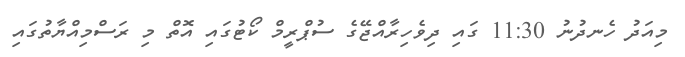
މިއަދު ހެނދުނު 11:30 ގައި ދިވެހިރާއްޖޭގެ ސުޕްރީމް ކޯޓުގައި އޮތް މި ރަސްމިއްޔާތުގައި